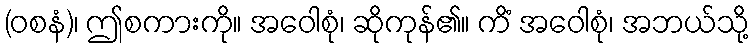
(ဝစနံ)၊ ဤစကားကို။ အဝေါစုံ၊ ဆိုကုန်၏။ ကိံ အဝေါစုံ၊ အဘယ်သို့